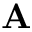
{ \bf A }